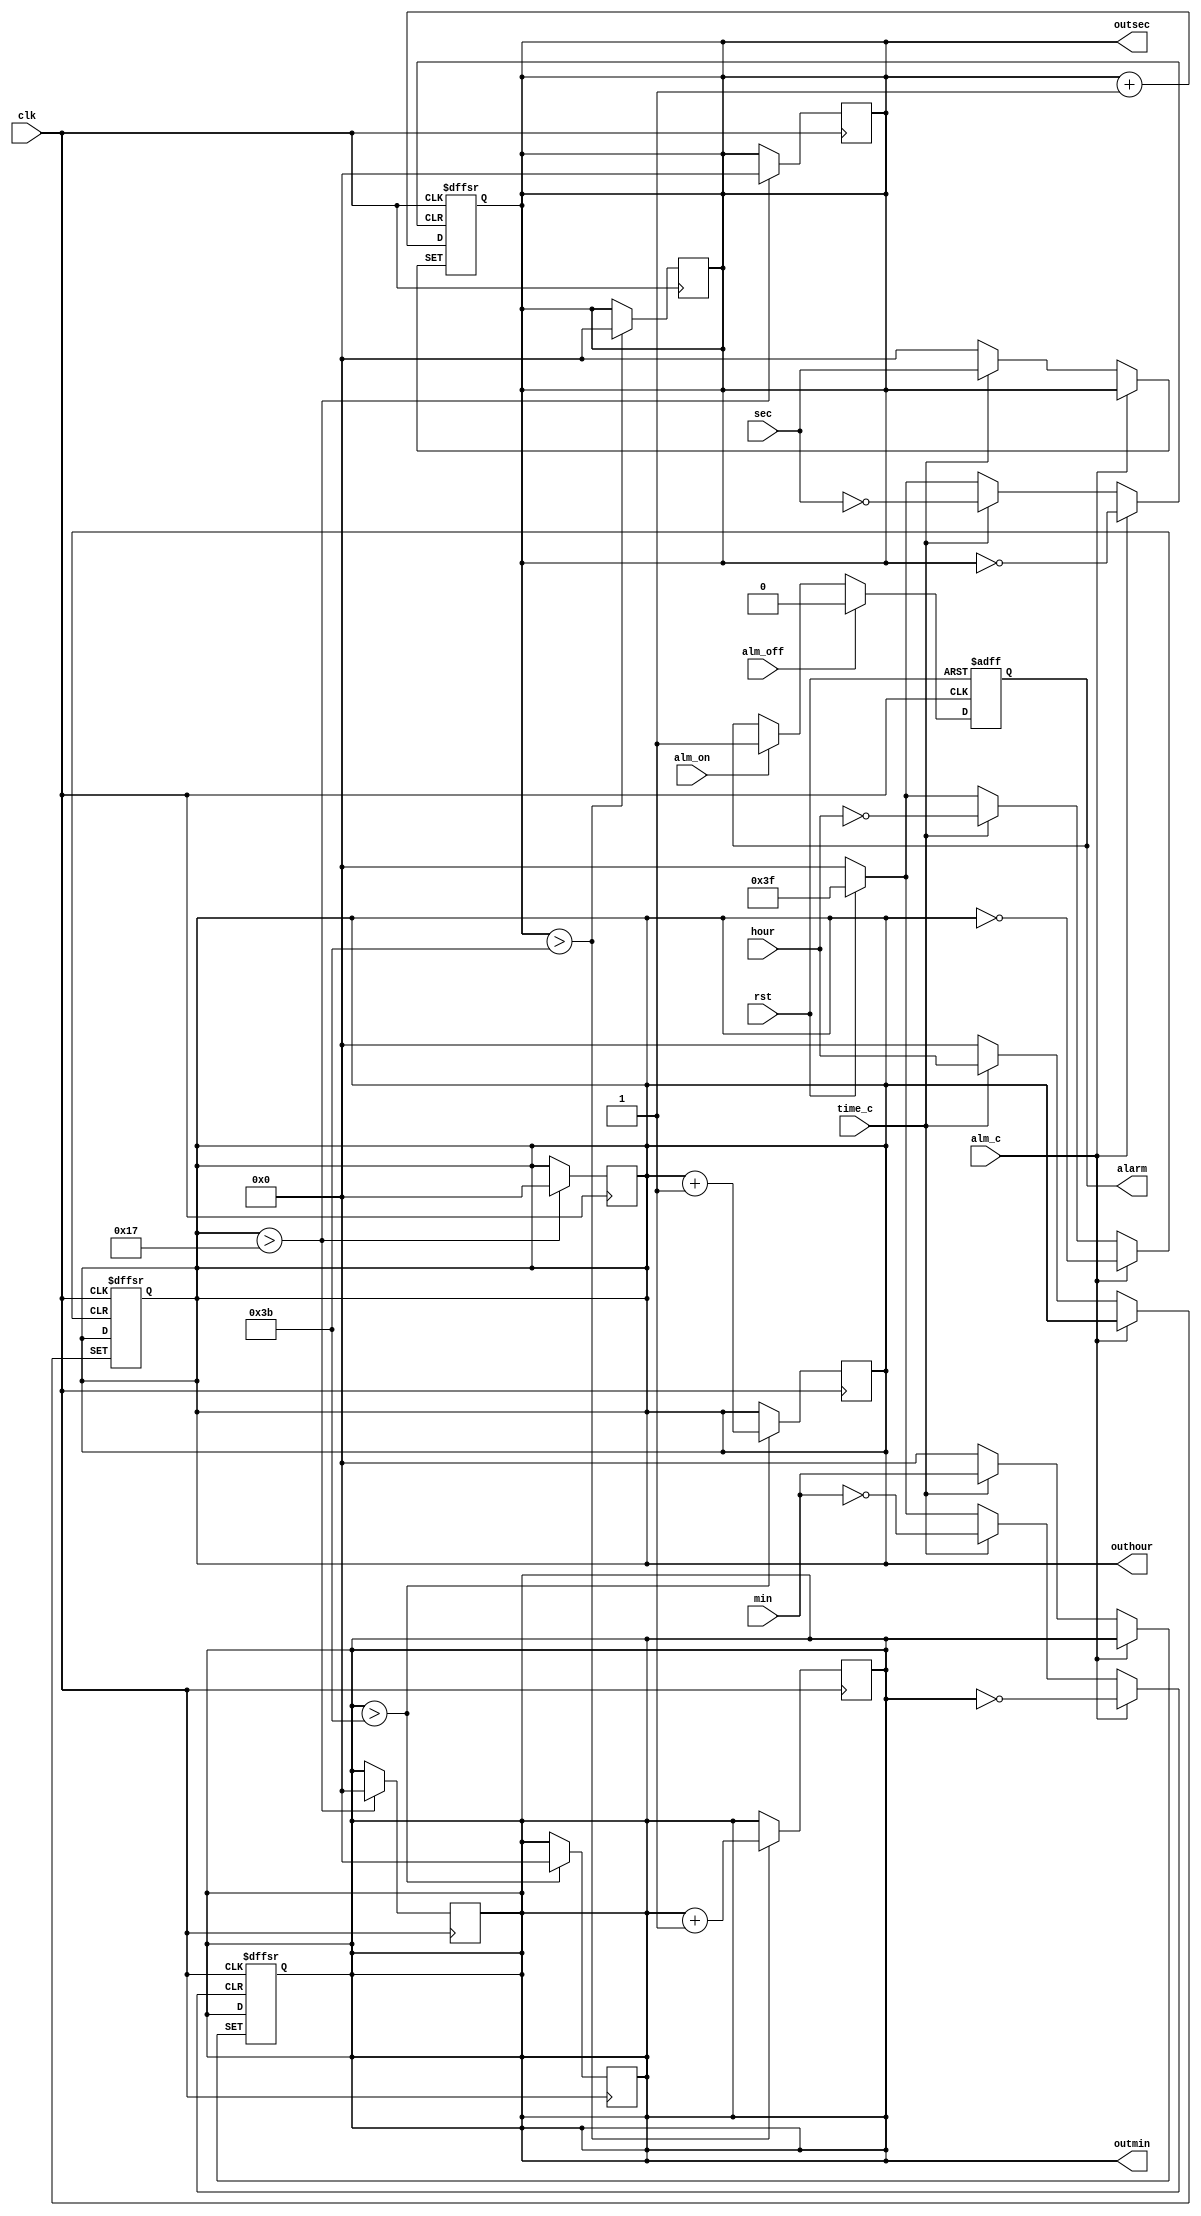
`timescale 1ns / 1ps
//////////////////////////////////////////////////////////////////////////////////
// Company: 
// Engineer: 
// 
// Design Name: 
// Module Name: clock_in
// Project Name: 
// Target Devices: 
// Tool Versions: 
// Description: 
// 
// Dependencies: 
// 
// Revision:
// Revision 0.01 - File Created
// Additional Comments:
// 
//////////////////////////////////////////////////////////////////////////////////


module clock_in(clk,rst,alm_on,alm_off,sec,min,hour,time_c,alm_c, outsec,outmin,outhour,alarm);
input clk,rst;
input [5:0] sec,min,hour;
input time_c,alm_on,alm_off,alm_c;
output reg [5:0] outsec,outmin,outhour;
output reg alarm;

reg [5:0]alsc,almn,alhr;

always@(posedge clk or posedge rst or posedge time_c,posedge alm_c)
begin
if(rst)
begin
outsec=1'b0;
outmin=1'b0;
outhour=1'b0;

end
else if(time_c)
begin
outsec<=sec;
outmin<=min;
outhour<=hour;

end

else if(alm_c)
begin
alsc<=sec;
almn<=min;
alhr<=hour;
end
else
outsec=outsec+1;
end
always@(posedge clk)
begin
if(outsec>59)
begin
outmin<=outmin+1;
outsec<=0;
end
else
outmin<=outmin;
end

always@(posedge clk)
begin
if(outmin>59)
begin
outmin<=0;
outhour<=outhour+1;
end
else
outhour<=outhour;
end

always@(posedge clk)
begin
if(outhour>23)
begin
outsec<=1'b0;
outmin<=1'b0;
outhour<=1'b0;
end
end

always@(posedge clk or posedge rst)
begin
if(rst)
alarm<=0;
else begin
if({alsc,almn,alhr}=={outsec,outmin,outhour});
begin
if(alm_on)
alarm<=1'b1;
if(alm_off)
alarm<=1'b0;
end
end
end
endmodule